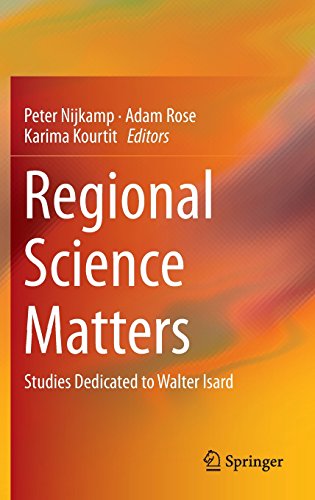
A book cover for Regional Science Matters: Studies Dedicated to Walter Isard; Business & Money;